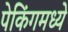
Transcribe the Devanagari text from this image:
पेकिंगमध्ये